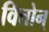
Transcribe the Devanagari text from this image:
वित्तोन्